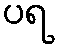
ပရ